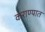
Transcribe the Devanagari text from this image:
कराण्यात